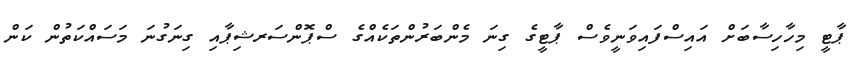
ޕާޓީ މިހާހިސާބަށް އައިސްފައިވަނީވެސް ޕާޓީގެ ގިނަ މެންބަރުންތަކެއްގެ ސްޕޮންސަރޝިޕާއި ގިނަގުނަ މަސައްކަތުން ކަން